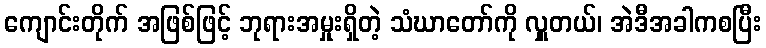
ကျောင်းတိုက် အဖြစ်ဖြင့် ဘုရားအမှုးရှိတဲ့ သံဃာတော်ကို လှူတယ်၊ အဲဒီအခါကစပြီး